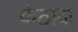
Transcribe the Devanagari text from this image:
कंठावा